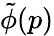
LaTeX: {\tilde{\phi}}(p)